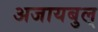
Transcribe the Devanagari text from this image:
अजायबुल्